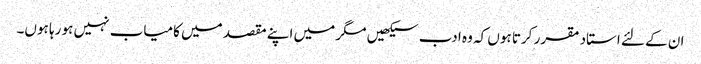
ان کے لئے استاد مقرر کرتا ہوں کہ وہ ادب سیکھیں مگر میں اپنے مقصد میں کامیاب نہیں ہو رہا ہوں۔